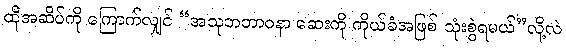
ထိုအဆိပ်ကို ကြောက်လျှင် “အသုဘဘာဝနာ ဆေးကို ကိုယ်ခံအဖြစ် သုံးစွဲရမယ်”လို့လဲ